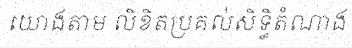
យោងតាម លិខិតប្រគល់សិទ្ធិតំណាង